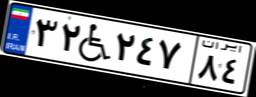
۳۲W۲۴۷۸۴